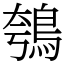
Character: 鴮